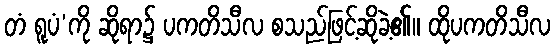
တံ ရူပံ’ကို ဆိုရာ၌ ပကတိသီလ စသည်ဖြင့်ဆိုခဲ့၏။ ထိုပကတိသီလ